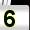
Digit: 5